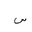
Letter: _sin